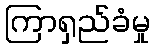
ကြာရှည်ခံမှု